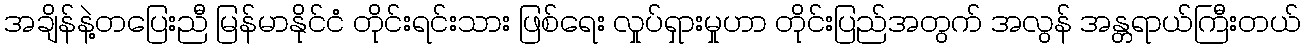
အချိန်နဲ့တပြေးညီ မြန်မာနိုင်ငံ တိုင်းရင်းသား ဖြစ်ရေး လှုပ်ရှားမှုဟာ တိုင်းပြည်အတွက် အလွန် အန္တရာယ်ကြီးတယ်